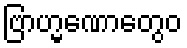
ဗြာဟ္မဏောတွေဝ